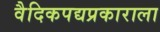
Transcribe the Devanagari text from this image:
वैदिकपद्यप्रकाराला